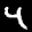
Label: 4